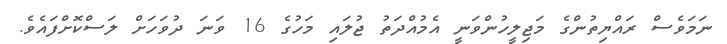
ނަމަވެސް ރައްޔިތުންގެ މަޖިލީހުންވަނީ އެމުއްދަތު ޖުލައި މަހުގެ 16 ވަނަ ދުވަހަށް ލަސްކޮށްފައެވެ.